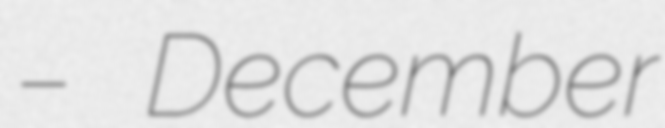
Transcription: – December